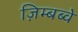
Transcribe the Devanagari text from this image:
ज़िम्बब्वे